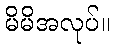
မိမိအလုပ်။